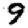
Digit: 9